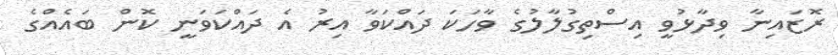
ރޮޒައިނާ ވިދާޅުވީ އިސްތިގުލާލުގެ ވާހަކަ ދައްކަަވާ އިރު އެ ދައްކަވަނީ ކޮން ބައެއްްގެ